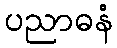
ပညာဓနံ